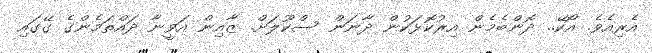
އެރިއެވެ. އޯކޭ.. ދޮންބެމެން އިރުކޮޅަކުން ދާނަން ސްކޫލަށް. ޒާއިން އަވީނާ ދައްތަމެންގެ ގޭގައި